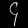
Digit: ၄